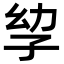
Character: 孧